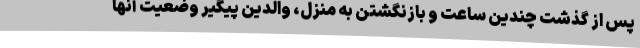
پس از گذشت چندین ساعت و بازنگشتن به منزل، والدین پیگیر وضعیت آنها